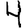
Digit: 4